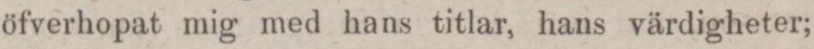
öfverhopat mig med hans titlar, hans värdigheter;